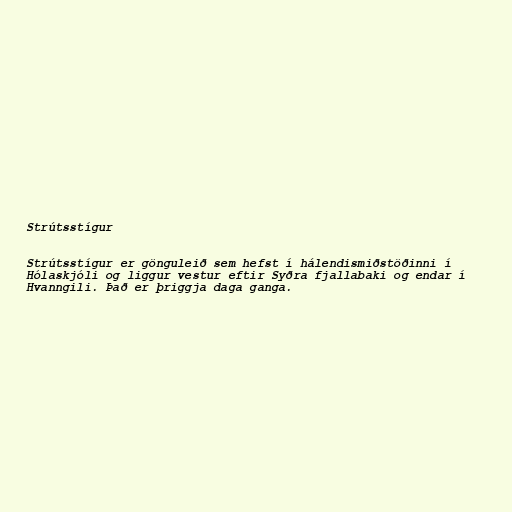
Strútsstígur

Strútsstígur er gönguleið sem hefst í há­lend­ismiðstöðinni í
Hóla­skjóli og ligg­ur vest­ur eft­ir Syðra fjalla­baki og end­ar í
Hvann­gili. Það er þriggja daga ganga.